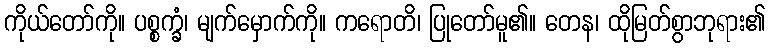
ကိုယ်တော်ကို။ ပစ္စက္ခံ၊ မျက်မှောက်ကို။ ကရောတိ၊ ပြုတော်မူ၏။ တေန၊ ထိုမြတ်စွာဘုရား၏